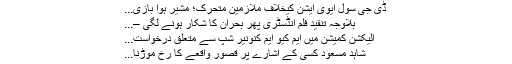
ڈی جی سول ایوی ایشن کیخلاف ملازمین متحرک؛ مشیر ہوا بازی...
بلاوجہ تنقید فلم انڈسٹری پھر بحران کا شکار ہونے لگی –...
الیکشن کمیشن میں ایم کیو ایم کنونیر شپ سے متعلق درخواست...
شاہد مسعود کسی کے اشارے پر قصور واقعے کا رٗخ موڑنا...